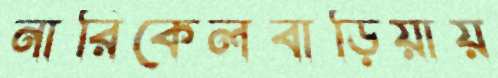
নারিকেলবাড়িয়ায়